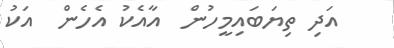
އަދި ތިޔަބައިމީހުން  އާއެކު އެހެން  އަކު